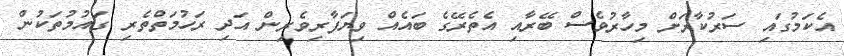
އެކަމުގައި ސަރުކާރަށް މިހާރުވެސް ބޭރާއި އެތެރޭގެ ބައެއް ވިޔަފާރިވެރިން އަދި ރަހުމަތްތެރި ގައުމުތަކުން